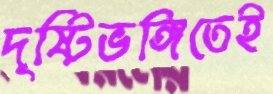
দৃষ্টিভঙ্গিতেই